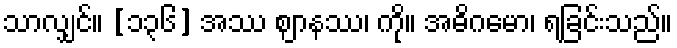
သာလျှင်။ [၁၃၆] အဿ ဈာနဿ၊ ကို။ အဓိဂမော၊ ရခြင်းသည်။